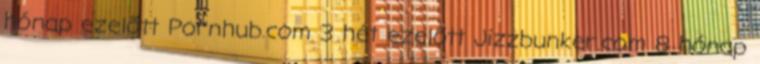
hónap ezelőtt Pornhub.com 3 hét ezelőtt Jizzbunker.com 8 hónap